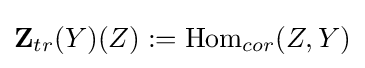
\mathbf {Z} _{tr}(Y)(Z):={\text{Hom}}_{cor}(Z,Y)